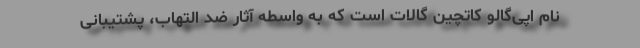
نام اپی‌گالو کاتچین گالات است که به واسطه آثار ضد التهاب، پشتیبانی